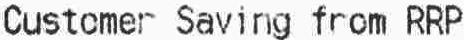
CUSTOMER SAVING FROM RRP